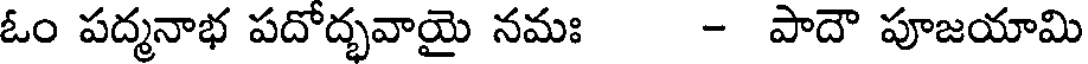
ఓం పద్మనాభ పదోద్భవాయై నమః - పాదౌ పూజయామి